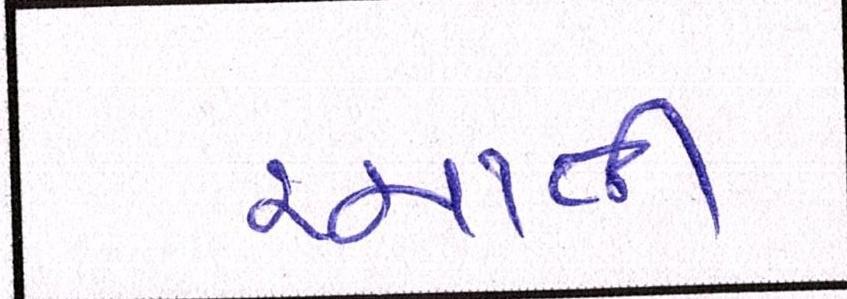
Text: રચાતી